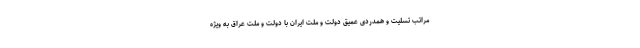
مراتب تسلیت و همدردی عمیق دولت و ملت ایران با دولت و ملت عراق به ویژه